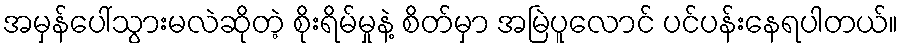
အမှန်ပေါ်သွားမလဲဆိုတဲ့ စိုးရိမ်မှုနဲ့ စိတ်မှာ အမြဲပူလောင် ပင်ပန်းနေရပါတယ်။